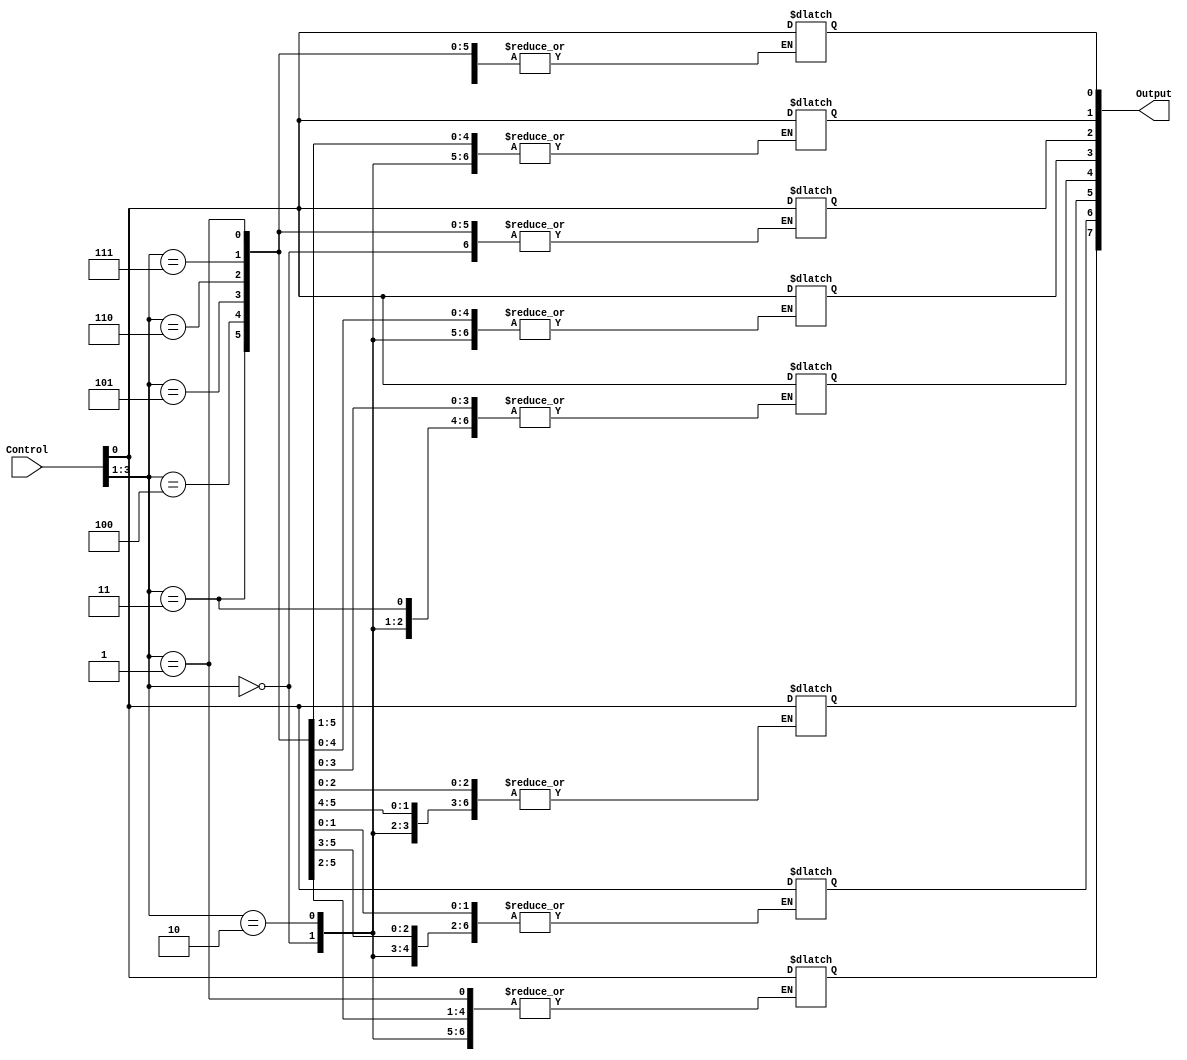
module BSR_Mode(Output,Control);


//Defining the arguments and their address size
output reg[7:0]Output;
input [7:0]Control;

/*

The 3 control bits from 1->3 defines the selected bit from port C to set/reset
Control[0] is the bit showing if the selected bit should be set/reset
set = 1 , reset = 0

whenever control changes the set/reset is done 

*/
always @ (Control)
begin
Output[Control[3:1]] = Control[0];
end

endmodule